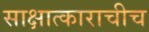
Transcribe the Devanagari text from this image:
साक्षात्काराचीच